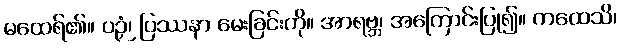
မထေရ်၏။ ပဉှံ၊ ပြဿနာ မေးခြင်းကို။ အာရဗ္ဘ၊ အကြောင်းပြု၍။ ကထေသိ၊